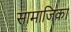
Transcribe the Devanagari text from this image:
सामाजिका